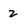
Character: z